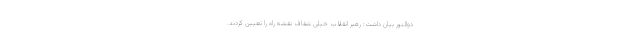
ذوالنور بیان داشت: رهبر انقلاب خیلی شفاف نقشه راه را تعیین کردند.